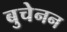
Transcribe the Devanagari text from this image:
बुचेनन